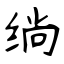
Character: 绱